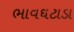
ભાવઘટાડા